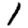
Digit: 1